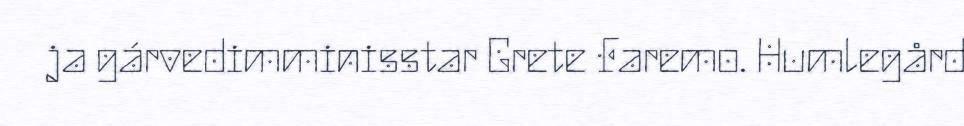
ja gárvedimminisstar Grete Faremo. Humlegård